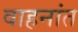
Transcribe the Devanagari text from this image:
वाहनांत